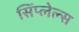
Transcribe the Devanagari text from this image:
सिंप्लेल्स